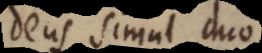
Deus simul duo